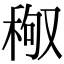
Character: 䅓